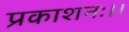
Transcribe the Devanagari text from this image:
प्रकाशनः।।